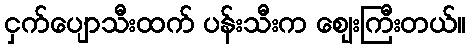
ငှက်ပျောသီးထက် ပန်းသီးက ဈေးကြီးတယ်။